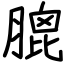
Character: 膍